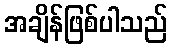
အချိန်ဖြစ်ပါသည်